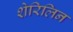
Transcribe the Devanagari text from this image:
शेरिलिन